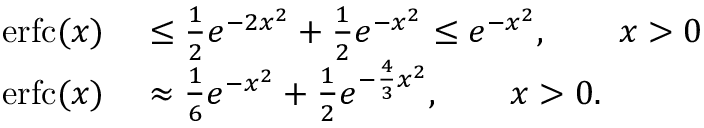
\begin{array} { r l } { \operatorname { e r f c } ( x ) } & { { } \leq { \frac { 1 } { 2 } } e ^ { - 2 x ^ { 2 } } + { \frac { 1 } { 2 } } e ^ { - x ^ { 2 } } \leq e ^ { - x ^ { 2 } } , \qquad x > 0 } \\ { \operatorname { e r f c } ( x ) } & { { } \approx { \frac { 1 } { 6 } } e ^ { - x ^ { 2 } } + { \frac { 1 } { 2 } } e ^ { - { \frac { 4 } { 3 } } x ^ { 2 } } , \qquad x > 0 . } \end{array}